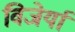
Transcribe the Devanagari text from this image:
विजेर्या